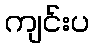
ကျင်းပ